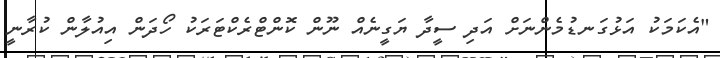
"އެކަމަކު އަޅުގަނޑުމެންނަށް އަދި ސީދާ ޔަގީނެއް ނޫން ކޮންޓްރެކްޓަރަކު ހޯދަން އިއުލާން ކުރާނީ